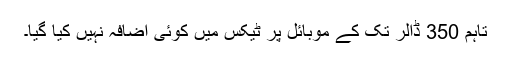
تاہم 350 ڈالر تک کے موبائل پر ٹیکس میں کوئی اضافہ نہیں کیا گیا۔